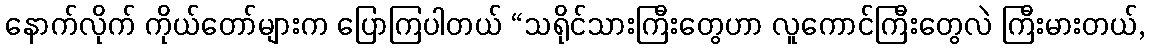
နောက်လိုက် ကိုယ်တော်များက ပြောကြပါတယ် “သရိုင်သားကြီးတွေဟာ လူကောင်ကြီးတွေလဲ ကြီးမားတယ်,